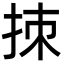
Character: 拺